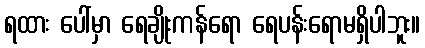
ရထား ပေါ်မှာ ရေချိုးကန်ရော ရေပန်းရောမရှိပါဘူး။